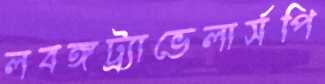
লবঙ্গট্র্যাভেলার্সপি